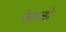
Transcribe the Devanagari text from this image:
फेफ्ड़ो